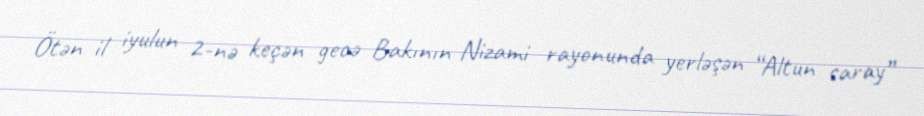
Ötən il iyulun 2-nə keçən gecə Bakının Nizami rayonunda yerləşən “Altun saray”